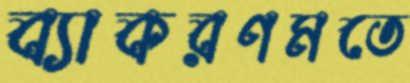
ব্যাকরণমতে